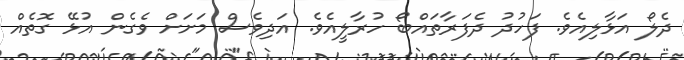
ދެލޯ އަޅާލިއެވެ. ފަހުދު ދެފަރާތައްބޯ ހުރާލީއެވެ. އަދިވެސް މަށަށް ވެގެން އުޅޭ ގޮތެއް